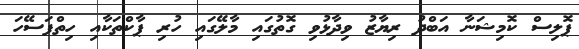
ޕޮލިސް ކޮމިޝަނާ އަބްދު ރިޔާޒު ވިދާޅުވި ގޮތުގައި މާލޭގައި ހުރި ޕާކްތަކާއި ހިތްފަސޭހަ